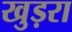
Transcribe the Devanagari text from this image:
खुड़रा